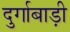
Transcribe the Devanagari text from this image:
दुर्गाबाड़ी